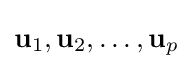
\mathbf {u} _{1},\mathbf {u} _{2},\dots ,\mathbf {u} _{p}